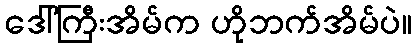
ဒေါ်ကြီးအိမ်က ဟိုဘက်အိမ်ပဲ။